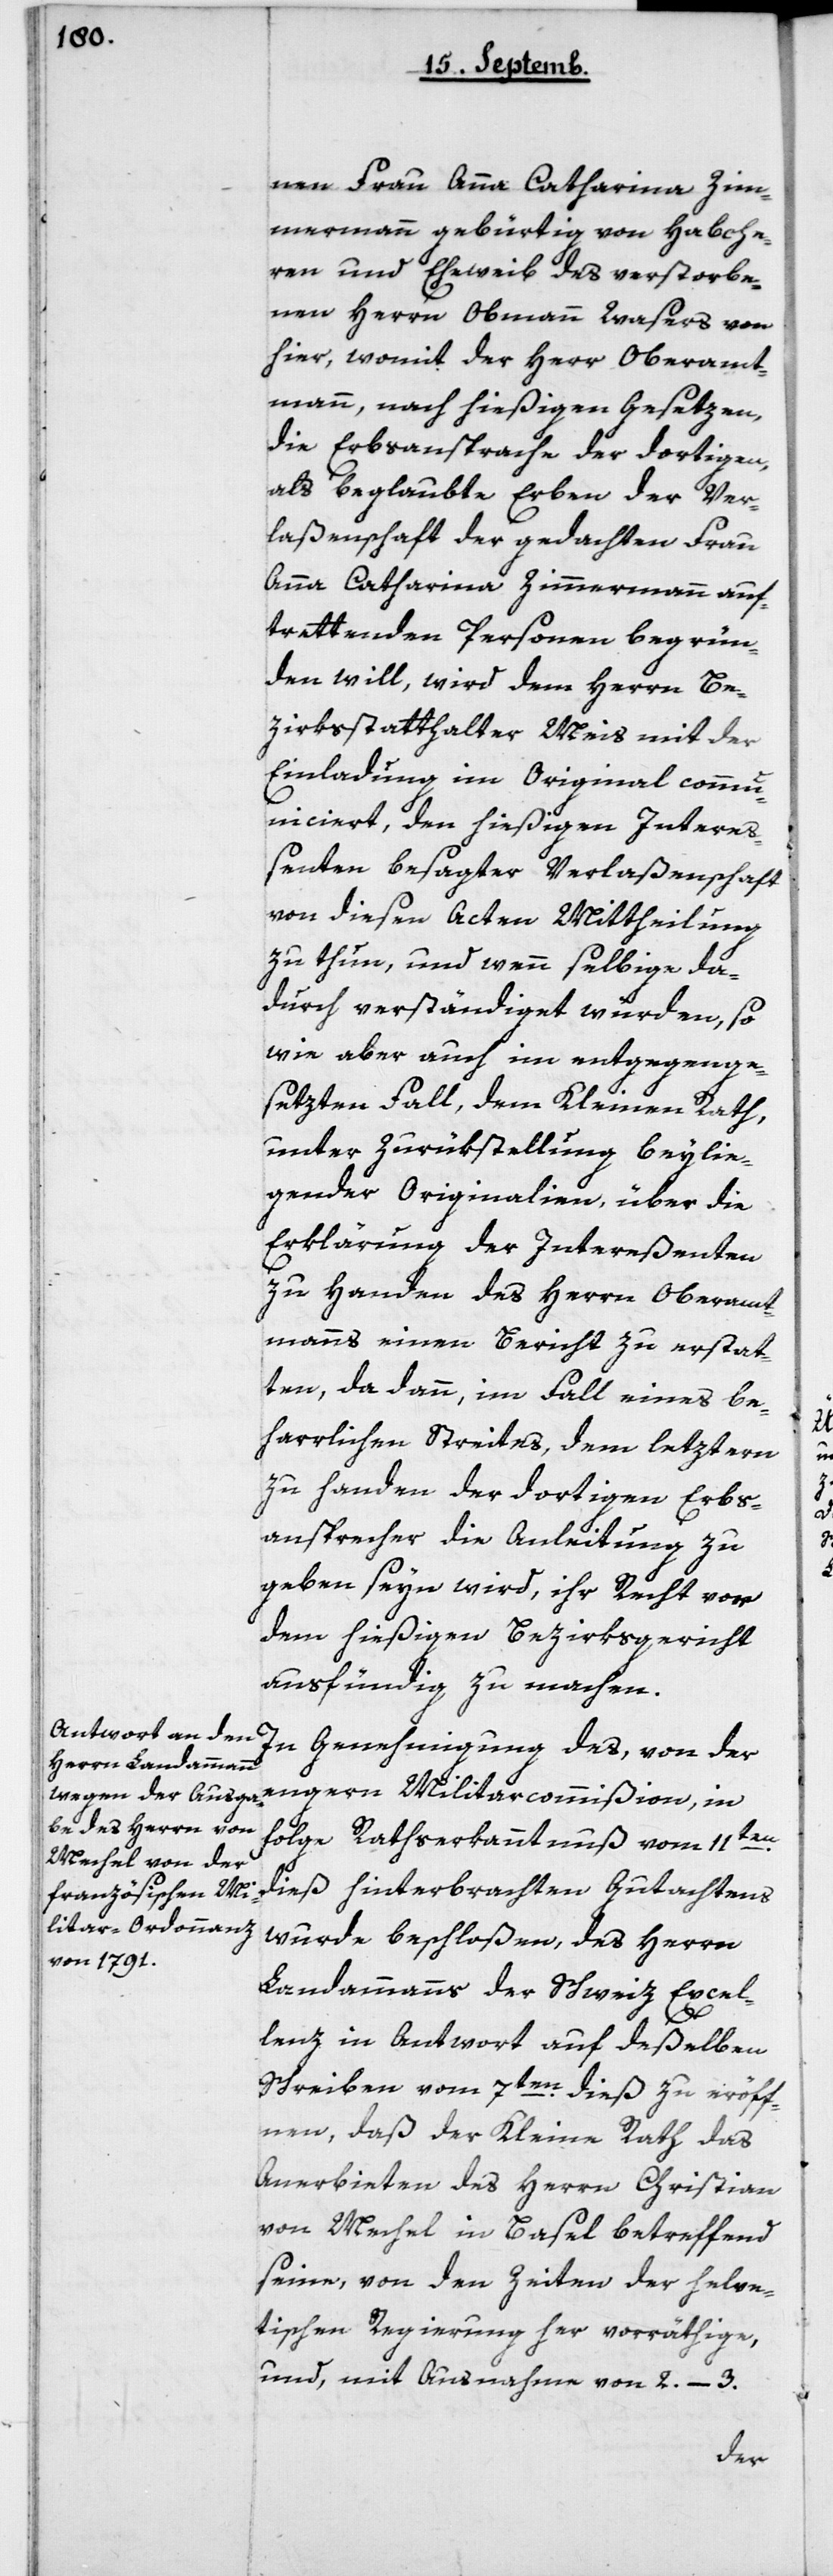
nen Frau Anna Catharina Zim¬
mermann, gebürtig von Habche¬
ren und Eheweib des verstorbe¬
nen Herrn Obmann Wasers von
hier, womit der Herr Oberamt¬
mann nach hießigen Gesetzen,
die Erbsansprache der dortigen,
als beglaubte Erben der Ver¬
laßenschaft der gedachten Frau
Anna Catharina Zimmermann auf¬
trettenden Personen begrün¬
den will, wird dem Herrn Be¬
zirksstatthalter Meis mit der
Einladung im Original commu¬
niciert, den hießigen Intere¬
ßenten besagter Verlaßenschaft
von diesen Acten Mittheilung
zu thun, und wenn selbige da¬
durch verständiget würden, so
wie aber auch im entgegen ge¬
setzten Fall, dem Kleinen Rath,
unter Zurükstellung beylie¬
gender Originalien, über die
Erklärung der Intereßenten
zu Handen des Herrn Oberamt¬
manns einen Bericht zu erstat¬
ten, da dann, im Fall eines be¬
harrlichen Streites, dem letztern
zu Handen der dortigen Erbs¬
anspracher die Anleitung zu
geben seyn wird, ihr Recht vor
dem hießigen Bezirksgericht
ausfündig zu machen.
In Genehmigung des, von der
engern Militarcommißion, in
Folge Rathserkanntnuß vom 11ten
dieß hinterbrachten Gutachtens
wurde beschloßen, des Herrn
Landammanns der Schweiz Excel¬
lenz in Antwort auf deßelben
Schreiben vom 7ten dieß zu eröff¬
nen, daß der Kleine Rath das
Anerbieten des Herrn Christian
von Mechel in Basel betreffend
seine, von den Zeiten der helve¬
tischen Regierung her vorräthige,
und mit Ausnahme von 2–3